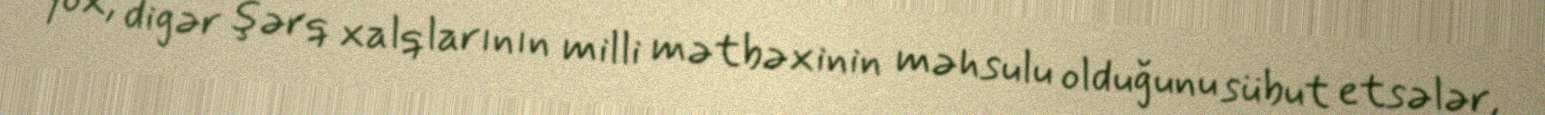
yox, digər şərq xalqlarının milli mətbəxinin məhsulu olduğunu sübut etsələr,